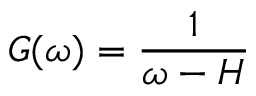
G ( \omega ) = \frac { 1 } { \omega - H }